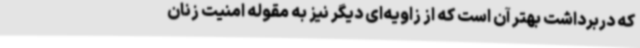
که دربرداشت بهتر آن است که از زاویه‌ای دیگر نیز به مقوله امنیت زنان